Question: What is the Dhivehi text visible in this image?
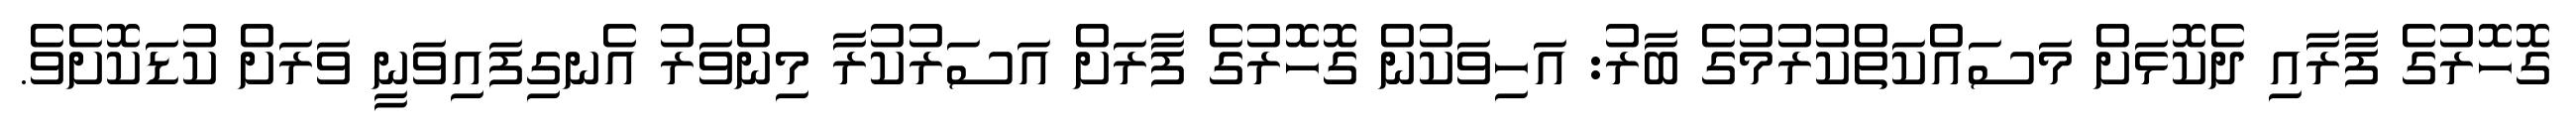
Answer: ގޮހޮރުގެ ފާރާއި ދެކޮޅަށް މަސައްކަތްކުރުމުގެ ބާރު: އަހިވަކުން ގޮހޮރުގެ ފާރަށް އަސަރުކުރާ މިންވަރު އެނގިފައިވަނީ ވަރަށް ކުޑަކޮށެވެ.